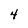
Character: 4